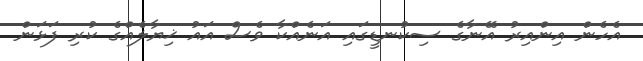
އެހެން އިންއިރު އޭނާގެ ސިކުނޑީގައި އަނެއްކާ ވެސް އައު ޚިޔާލެއްގެ ކުރި ފަޅަން